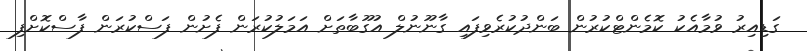
ގަޑިއިރު ވުމާއެކު ކޮމެންޓްކުރުން ބަންދުކުރެވިފައި ގާނޫނުލް އުގޫބާތަށް އަމަލުކުރަން ފެށުން ފަސްކުރަން ފާސްކޮށްފި